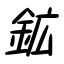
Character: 鉱